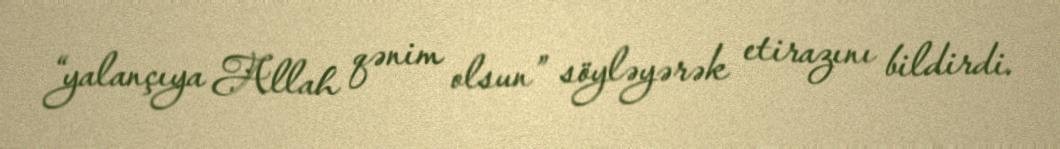
“yalançıya Allah qənim olsun” söyləyərək etirazını bildirdi.